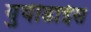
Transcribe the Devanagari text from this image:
युयीडाईस